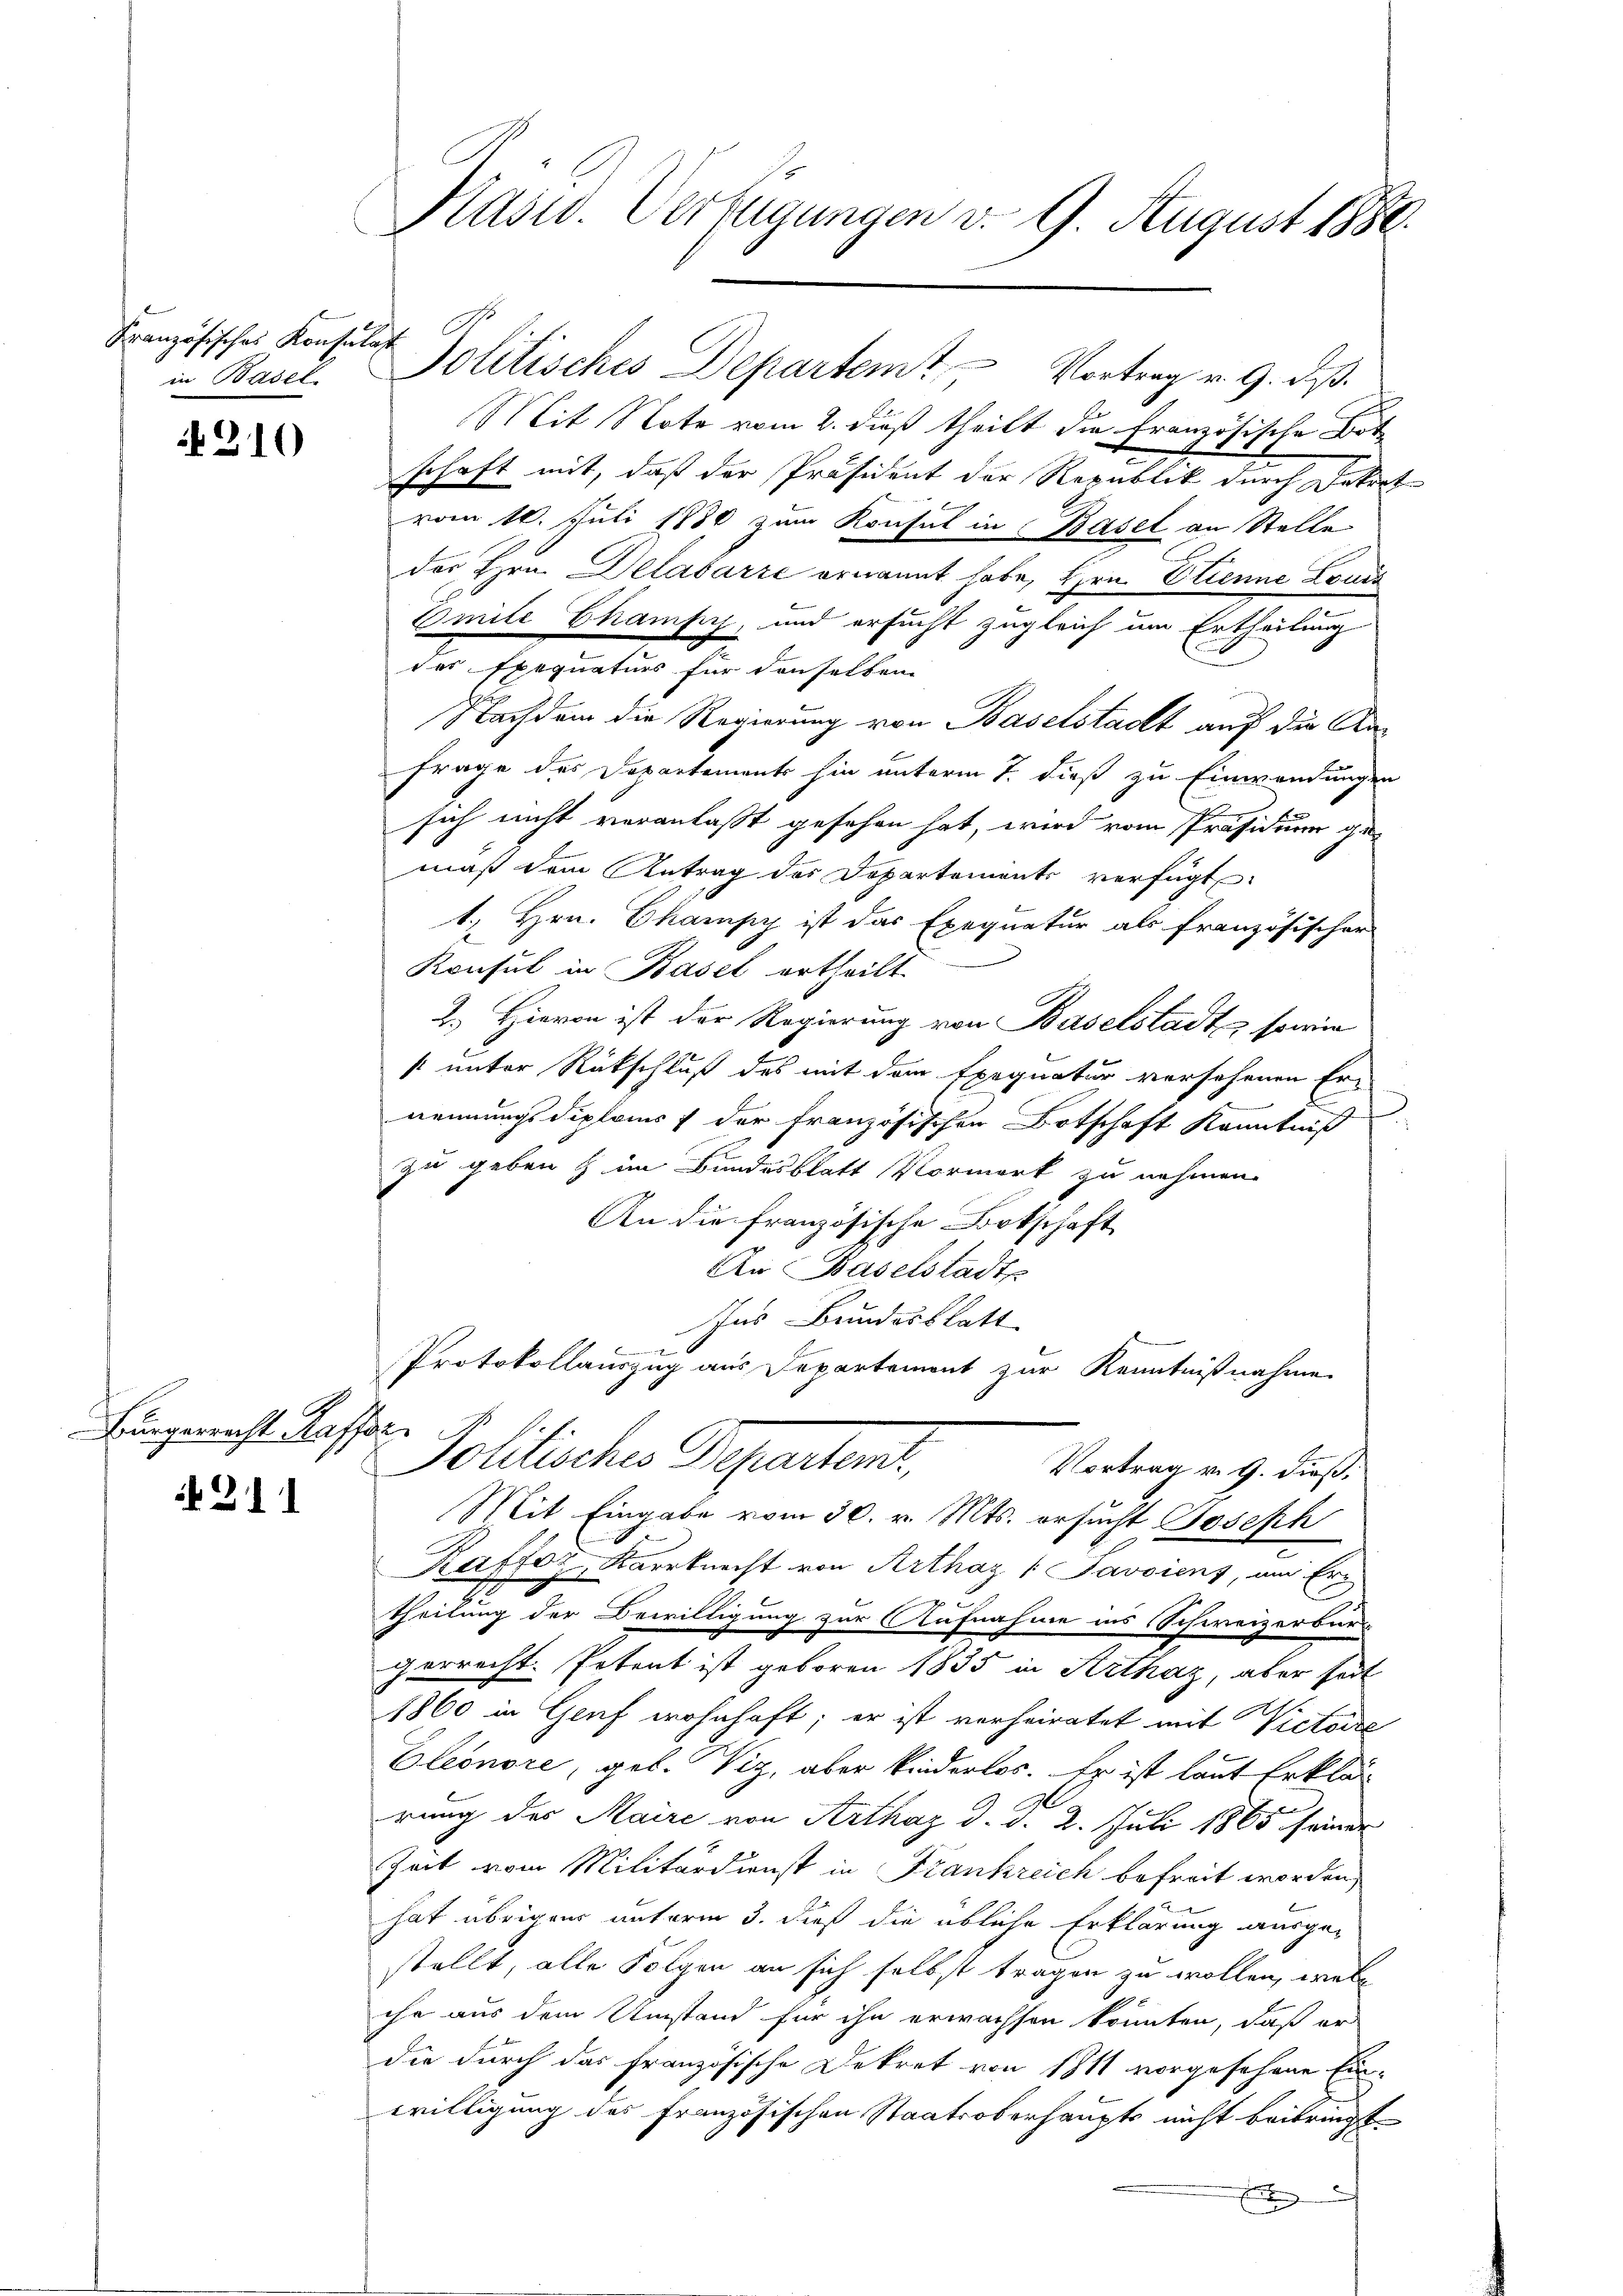
Französisches Konsulat
in Basel

310

Bürgerrecht Kaffer

if. 211

Kasw. Verfügungen v. 9. August 1880.

Mit Note vom 2. dieß theilt die französische Botschaft mit, daß der Präsident der Republik durch Dekret
vom 10. Juli 1880 zum Konsul in Basel an Stelle
des Hrn. Delabarre ernannt habe, Hrn. Etienne Louis
Emile Champi, und ersucht zugleich um Ertheilung
des Exequaturs für den selben
Nachdem die Regierung von Baselstadt auf die An¬
Frage des Departements hin unterm 7. dieß zu Einwendungen
sich nicht veranlaßt gesehen hat, wird vom Präsidium ge-
mäß dem Antrag des Departements verfügt
1. Hrn. Champy ist das Exequatur als französischer
Konsul in Basel ertheilt.
2.) Hievon ist der Regierung von Baselstadt, sowie
s unter Rückschluß des mit dem Exequatur versehenen Er-
d
nennungsdiploms & der französischen Botschaft Kenntniß
zu geben & im Bundesblatt Vormerk zu nehmen.
An die französische Botschaft
An Baselstadts
Ins Bundesblatt
Protokollauszug aus Departement zur Kenntnißnahme
Politisches Departen.
Vortrag v. 9. dieß,
Mit Eingabe vom 30. v. Mts. ersucht Joseph
Raffoz, Karrknecht von Artház " Javoiens, um Er-
theilung der Bewilligung zur Aufnahme ins Schweizerbür-
gerrecht. Petent ist geboren 1835 in Artház, aber seit
1860 in Genf wohnhaft; er ist verheiratet mit Victoire
Eleonore, geb. Viz, aber kinderlos. Er ist laut Erklär
n
rung des Maire von Artház d. d. 2. Juli 1865 seiner
Zeit vom Militärdienst in Frankreich befreit worden,
hat übrigens unterm 3. dieß die übliche Erklärung ausgestellt, alle Folgen an sich selbst tragen zu wollen, welc
che aus dem Umstand für ihn erwachsen könnten, daß er
die durch das französische Dekret von 1811 vorgesehene Einwilligung des Französischen Staatsoberhaupts nicht beibringt.
E

C
Solitisches Departem Vortrag v. 9. dß.